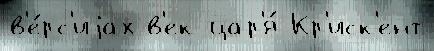
в'е́рс'иjах в'ек цар'я́ Кр'иск'ент